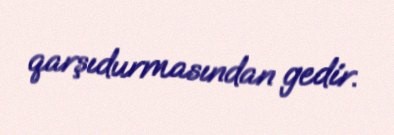
qarşıdurmasından gedir.